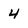
Character: 4